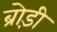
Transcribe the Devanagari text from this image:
ब्रोड़ी